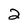
Character: 2